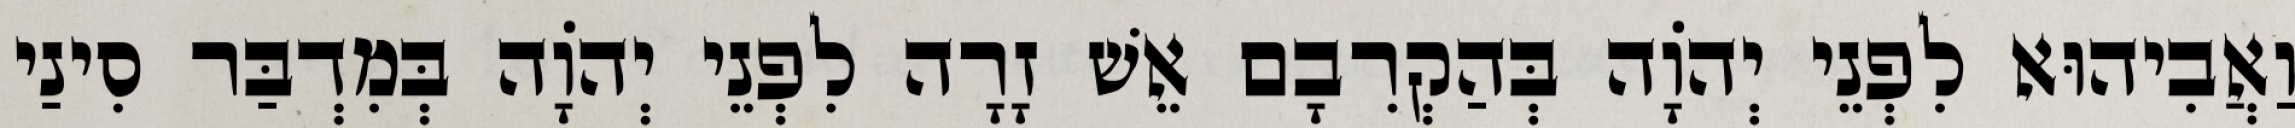
וַאֲבִיהוּא לִפְנֵי יְהֹוָה בְּהַקְרִבָם אֵשׁ זָרָה לִפְנֵי יְהוָֹה בְּמִדְבַּר סִינַי